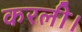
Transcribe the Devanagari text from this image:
करली।